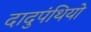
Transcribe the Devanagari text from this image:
दादुपंथियो